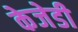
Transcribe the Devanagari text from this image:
केजेडी